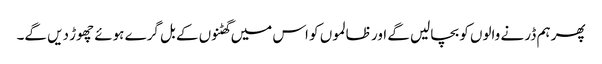
پھر ہم ڈر نے والوں کو بچالیں گے اور ظالموں کو اس میں گھٹنوں کے بل گرے ہوئے چھوڑ دیں گے۔